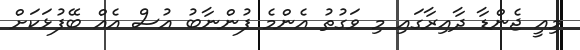
މިއީ ޖެންޑާ ދާއިރާގައި މި ވަގުތު އެންމެ ފުންނާބު އުސް އެއް ބޭފުޅަކަށް